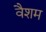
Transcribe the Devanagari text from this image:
वैशम